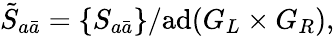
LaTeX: \tilde{S}_{a\bar{a}}=\{ S_{a\bar{a}}\} /\mathrm{ad}(G_{L}\times G_{R}),